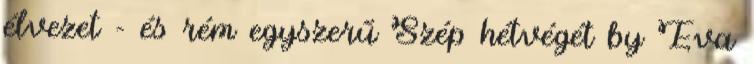
élvezet - és rém egyszerű Szép hétvégét by Éva